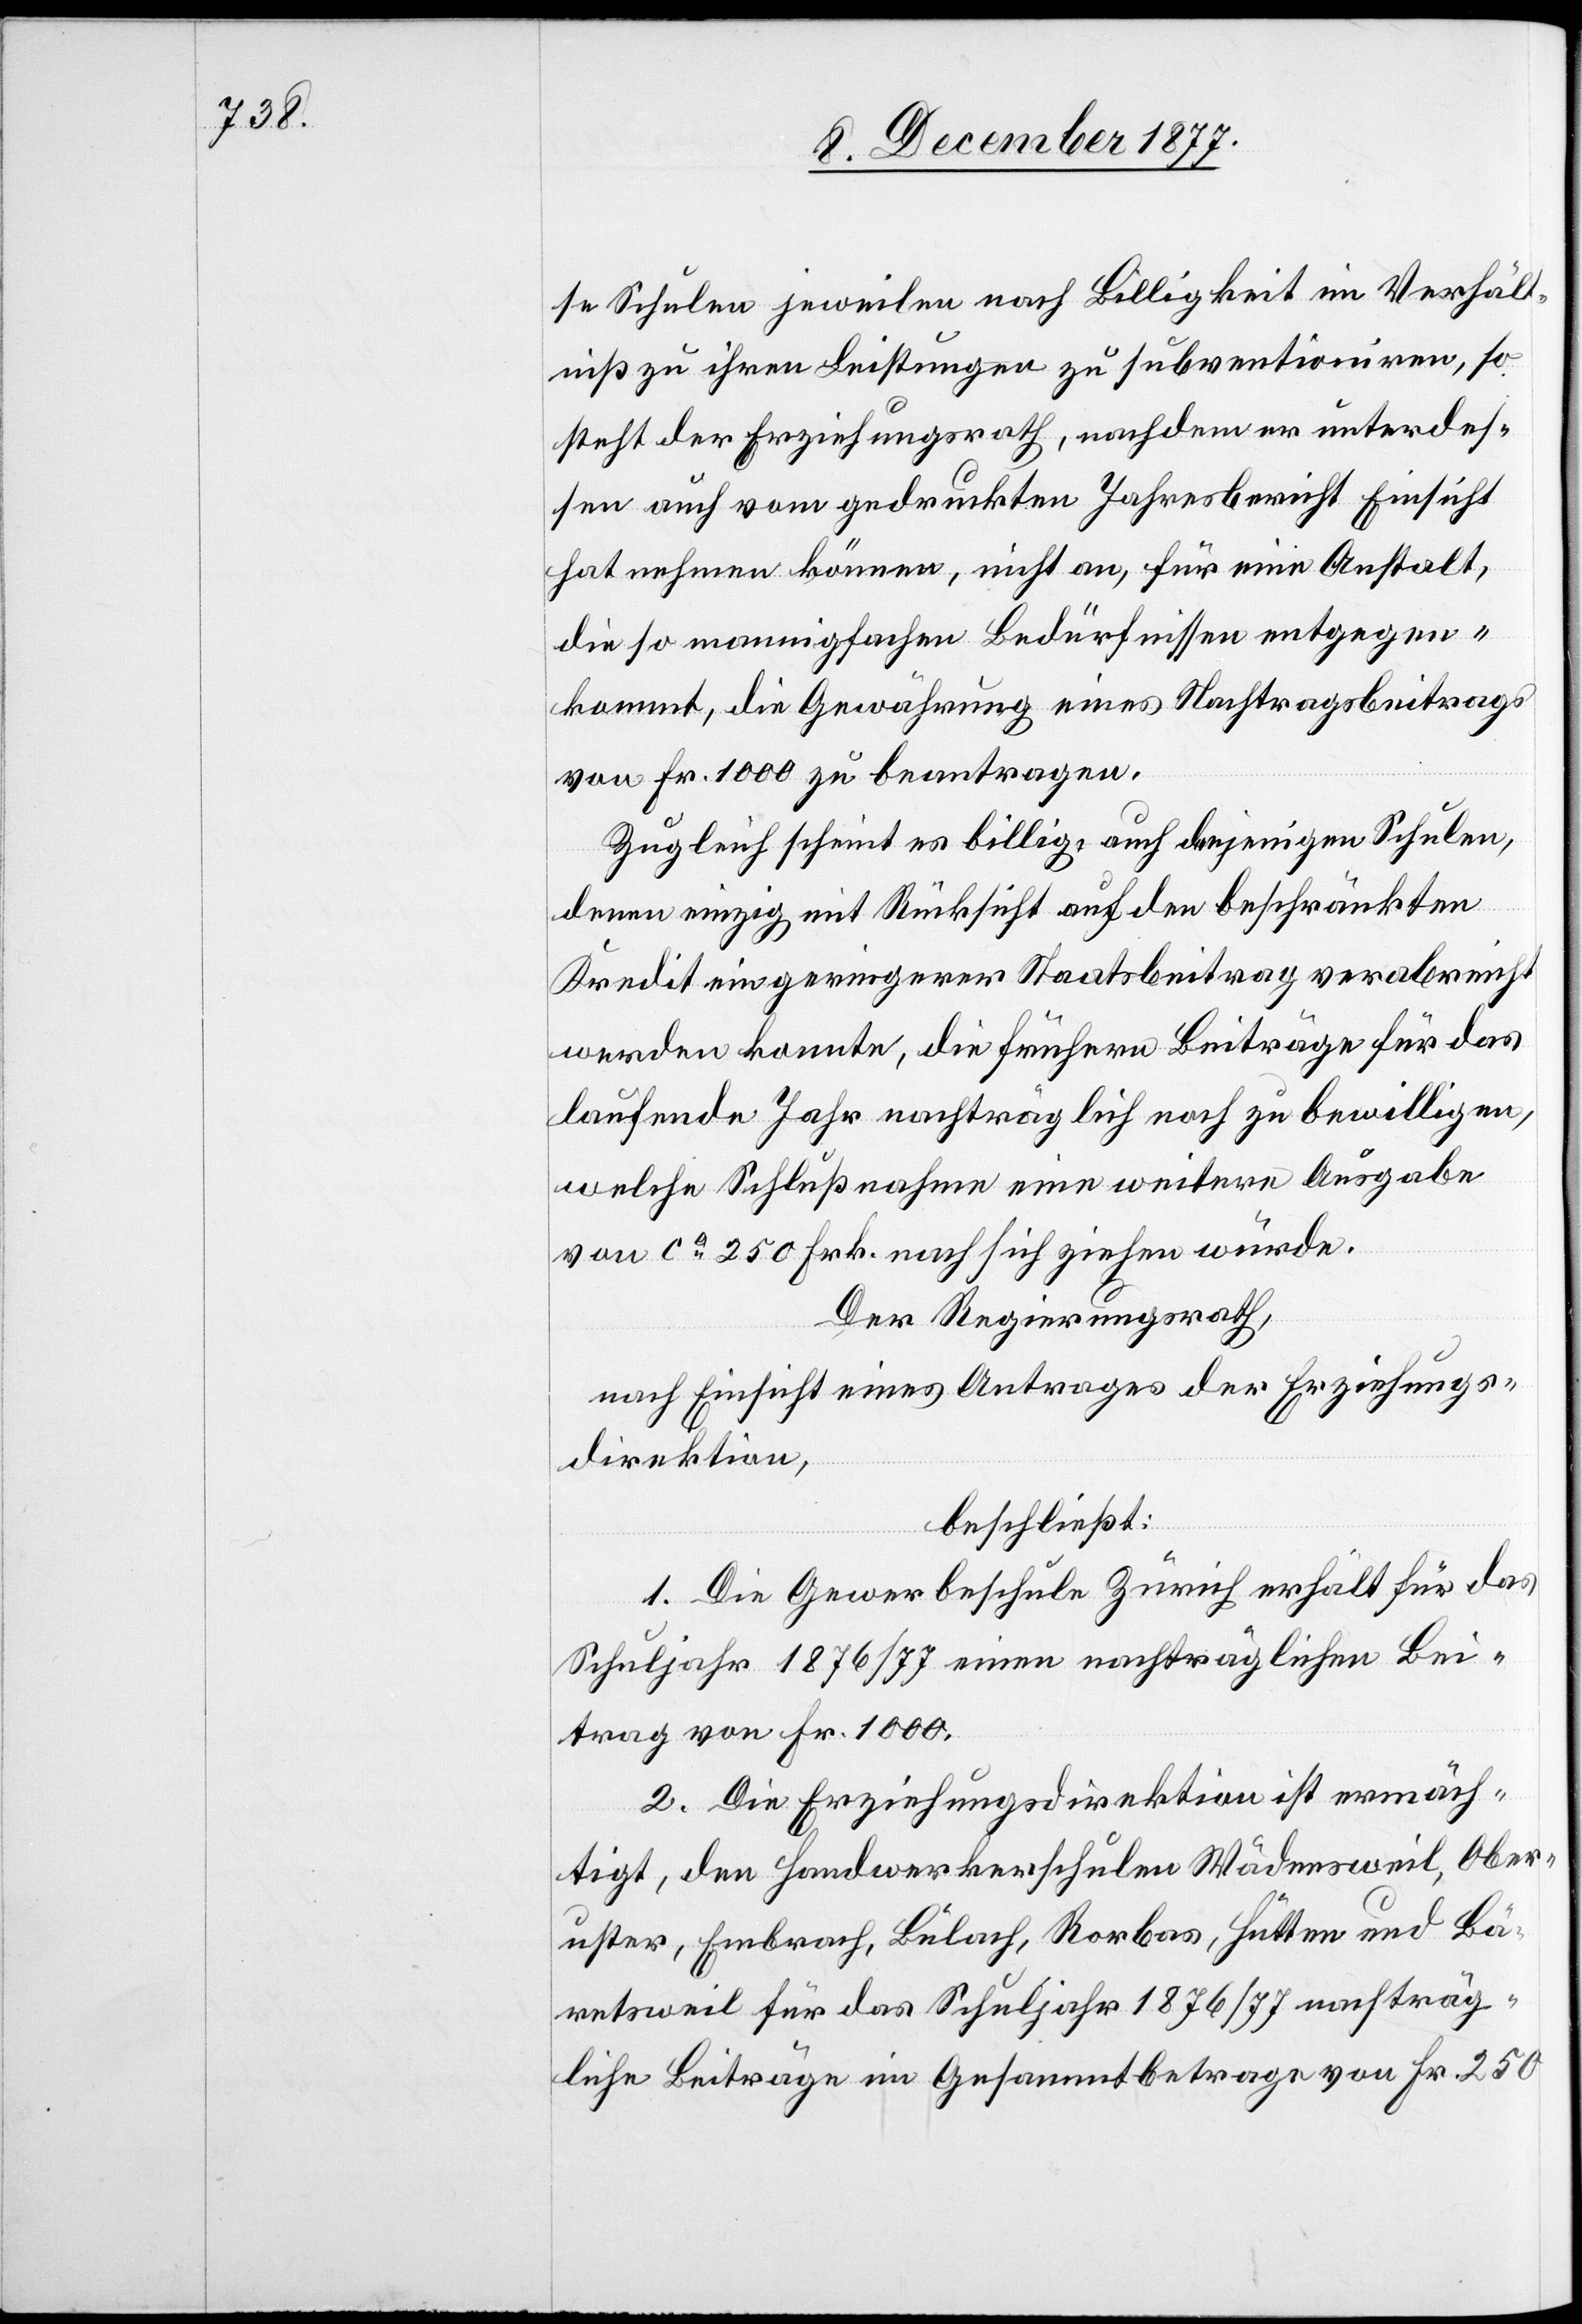
se Schulen jeweilen nach Billigkeit im Verhält¬
niß zu ihren Leistungen zu subventioniren, so
steht der Erziehungsrath, nachdem er unterdes¬
sen auch vom gedruckten Jahresbericht Einsicht
hat nehmen können, nicht an, für eine Anstalt,
die so mannigfachen Bedürfnissen entgegen¬
kommt, die Gewährung eines Nachtragsbeitrags
von Fr. 1000 zu beantragen.
Zugleich scheint es billig, auch denjenigen Schulen,
denen einzig mit Rücksicht auf den beschränkten
Kredit ein geringerer Staatsbeitrag verabreicht
werden konnte, die frühern Beiträge für das
laufende Jahr nachträglich noch zu bewilligen,
welche Schlußnahme eine weitere Ausgabe
von ca 250 Frk. nach sich ziehen würde.
Der Regierungsrath,
nach Einsicht eines Antrages der Erziehungs¬
direktion,
beschließt:
1. Die Gewerbeschule Zürich erhält für das
Schuljahr 1876/77 einen nachträglichen Bei¬
trag von Fr. 1000.
2. Die Erziehungsdirektion ist ermäch¬
tigt, den Handwerkerschulen Wädensweil, Ober¬
uster, Embrach, Bülach, Rorbas, Hütten und Bä¬
retsweil für das Schuljahr 1876/77 nachträg¬
liche Beiträge im Gesammtbetrage von Fr. 250